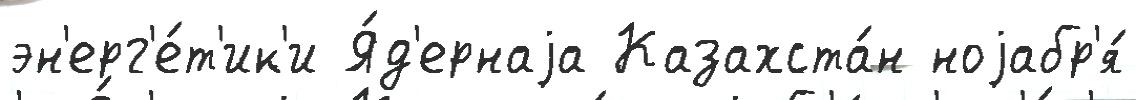
эн'ерг'е́т'ик'и Я́д'ернаjа Казахста́н ноjабр'я́